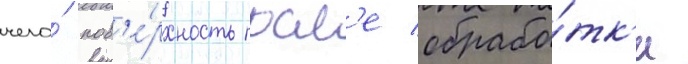
чего́ пов'е́рхность посл'е обрабо́тк'и